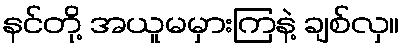
နင်တို့ အယူမမှားကြနဲ့ ချစ်လှ။